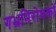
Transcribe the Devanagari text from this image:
गभ्रनिरोधकों